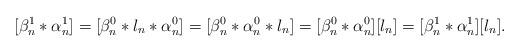
\begin{align*}[\beta_n^1*\alpha_n^1]=[\beta^0_n*l_n*\alpha^0_n]=[\beta^0_n*\alpha^0_n*l_n]=[\beta^0_n*\alpha^0_n][l_n]=[\beta_n^1*\alpha_n^1][l_n].\end{align*}